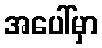
အပေါ်မှာ